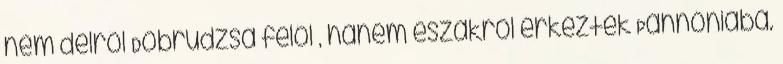
nem délről Dobrudzsa felől , hanem északról érkeztek Pannóniába.